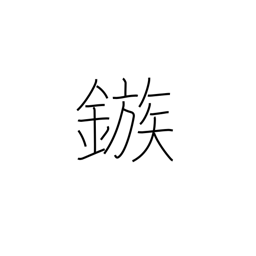
Meaning: barb